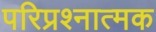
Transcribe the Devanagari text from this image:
परिप्रश्नात्मक